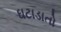
ઘટાડાતો